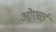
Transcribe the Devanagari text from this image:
ओएसई